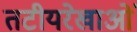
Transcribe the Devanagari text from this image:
तटीयरेखाओं